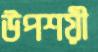
উপশয়ী